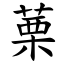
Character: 䔁